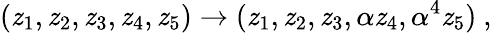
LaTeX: (\mathit{z}_{1},\mathit{z}_{2},\mathit{z}_{3},\mathit{z}_{4},\mathit{z}_{5})\rightarrow(\mathit{z}_{1},\mathit{z}_{2},\mathit{z}_{3},\alpha\mathit{z}_{4},\alpha^{4}\mathit{z}_{5})~,